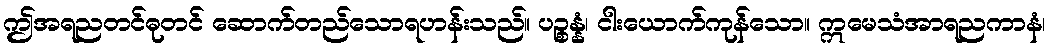
ဤအရညတင်ဓုတင် ဆောက်တည်သောရဟန်းသည်။ ပဉ္စန္နံ၊ ငါးယောက်ကုန်သော။ ဣမေသံအာရညကာနံ၊